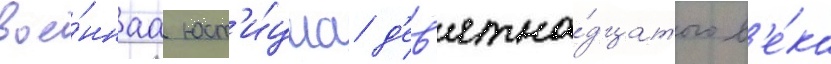
вое́ннаа юст'и́циа д'ев'ятна́дцатого в'е́ка